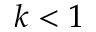
k < 1